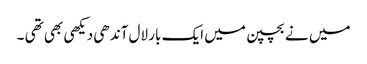
میں نے بچپن میں ایک بار لال آندھی دیکھی بھی تھی ۔